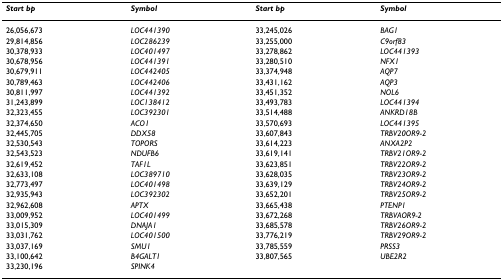
<table><thead><tr><td><b><i>Start bp</i></b></td><td><b><i>Symbol</i></b></td><td><b><i>Start bp</i></b></td><td><b><i>Symbol</i></b></td></tr></thead><tbody><tr><td>26,056,673</td><td><i>LOC441390</i></td><td>33,245,026</td><td><i>BAG1</i></td></tr><tr><td>29,814,856</td><td><i>LOC286239</i></td><td>33,255,000</td><td><i>C9orf83</i></td></tr><tr><td>30,378,933</td><td><i>LOC401497</i></td><td>33,278,862</td><td><i>LOC441393</i></td></tr><tr><td>30,678,956</td><td><i>LOC441391</i></td><td>33,280,510</td><td><i>NFX1</i></td></tr><tr><td>30,679,911</td><td><i>LOC442405</i></td><td>33,374,948</td><td><i>AQP7</i></td></tr><tr><td>30,789,463</td><td><i>LOC442406</i></td><td>33,431,162</td><td><i>AQP3</i></td></tr><tr><td>30,811,997</td><td><i>LOC441392</i></td><td>33,451,352</td><td><i>NOL6</i></td></tr><tr><td>31,243,899</td><td><i>LOC138412</i></td><td>33,493,783</td><td><i>LOC441394</i></td></tr><tr><td>32,323,455</td><td><i>LOC392301</i></td><td>33,514,488</td><td><i>ANKRD18B</i></td></tr><tr><td>32,374,650</td><td><i>ACO1</i></td><td>33,570,693</td><td><i>LOC441395</i></td></tr><tr><td>32,445,705</td><td><i>DDX58</i></td><td>33,607,843</td><td><i>TRBV20OR9-2</i></td></tr><tr><td>32,530,543</td><td><i>TOPORS</i></td><td>33,614,223</td><td><i>ANXA2P2</i></td></tr><tr><td>32,543,523</td><td><i>NDUFB6</i></td><td>33,619,141</td><td><i>TRBV21OR9-2</i></td></tr><tr><td>32,619,452</td><td><i>TAF1L</i></td><td>33,623,851</td><td><i>TRBV22OR9-2</i></td></tr><tr><td>32,633,108</td><td><i>LOC389710</i></td><td>33,628,035</td><td><i>TRBV23OR9-2</i></td></tr><tr><td>32,773,497</td><td><i>LOC401498</i></td><td>33,639,129</td><td><i>TRBV24OR9-2</i></td></tr><tr><td>32,935,943</td><td><i>LOC392302</i></td><td>33,652,201</td><td><i>TRBV25OR9-2</i></td></tr><tr><td>32,962,608</td><td><i>APTX</i></td><td>33,665,438</td><td><i>PTENP1</i></td></tr><tr><td>33,009,952</td><td><i>LOC401499</i></td><td>33,672,268</td><td><i>TRBVAOR9-2</i></td></tr><tr><td>33,015,309</td><td><i>DNAJA1</i></td><td>33,685,578</td><td><i>TRBV26OR9-2</i></td></tr><tr><td>33,031,762</td><td><i>LOC401500</i></td><td>33,776,219</td><td><i>TRBV29OR9-2</i></td></tr><tr><td>33,037,169</td><td><i>SMU1</i></td><td>33,785,559</td><td><i>PRSS3</i></td></tr><tr><td>33,100,642</td><td><i>B4GALT1</i></td><td>33,807,565</td><td><i>UBE2R2</i></td></tr><tr><td>33,230,196</td><td><i>SPINK4</i></td><td></td><td></td></tr></tbody></table>